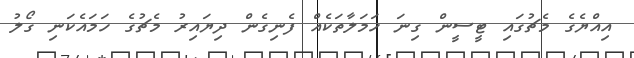
އިއްޔެގެ މެޗުގައި ޓީސީން ގިނަ ހަމަލާތަކެއް ފެނިގެން ދިޔައިރު މެޗުގެ ހަމައެކަނި ގޯލު